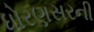
ધોરણસરની